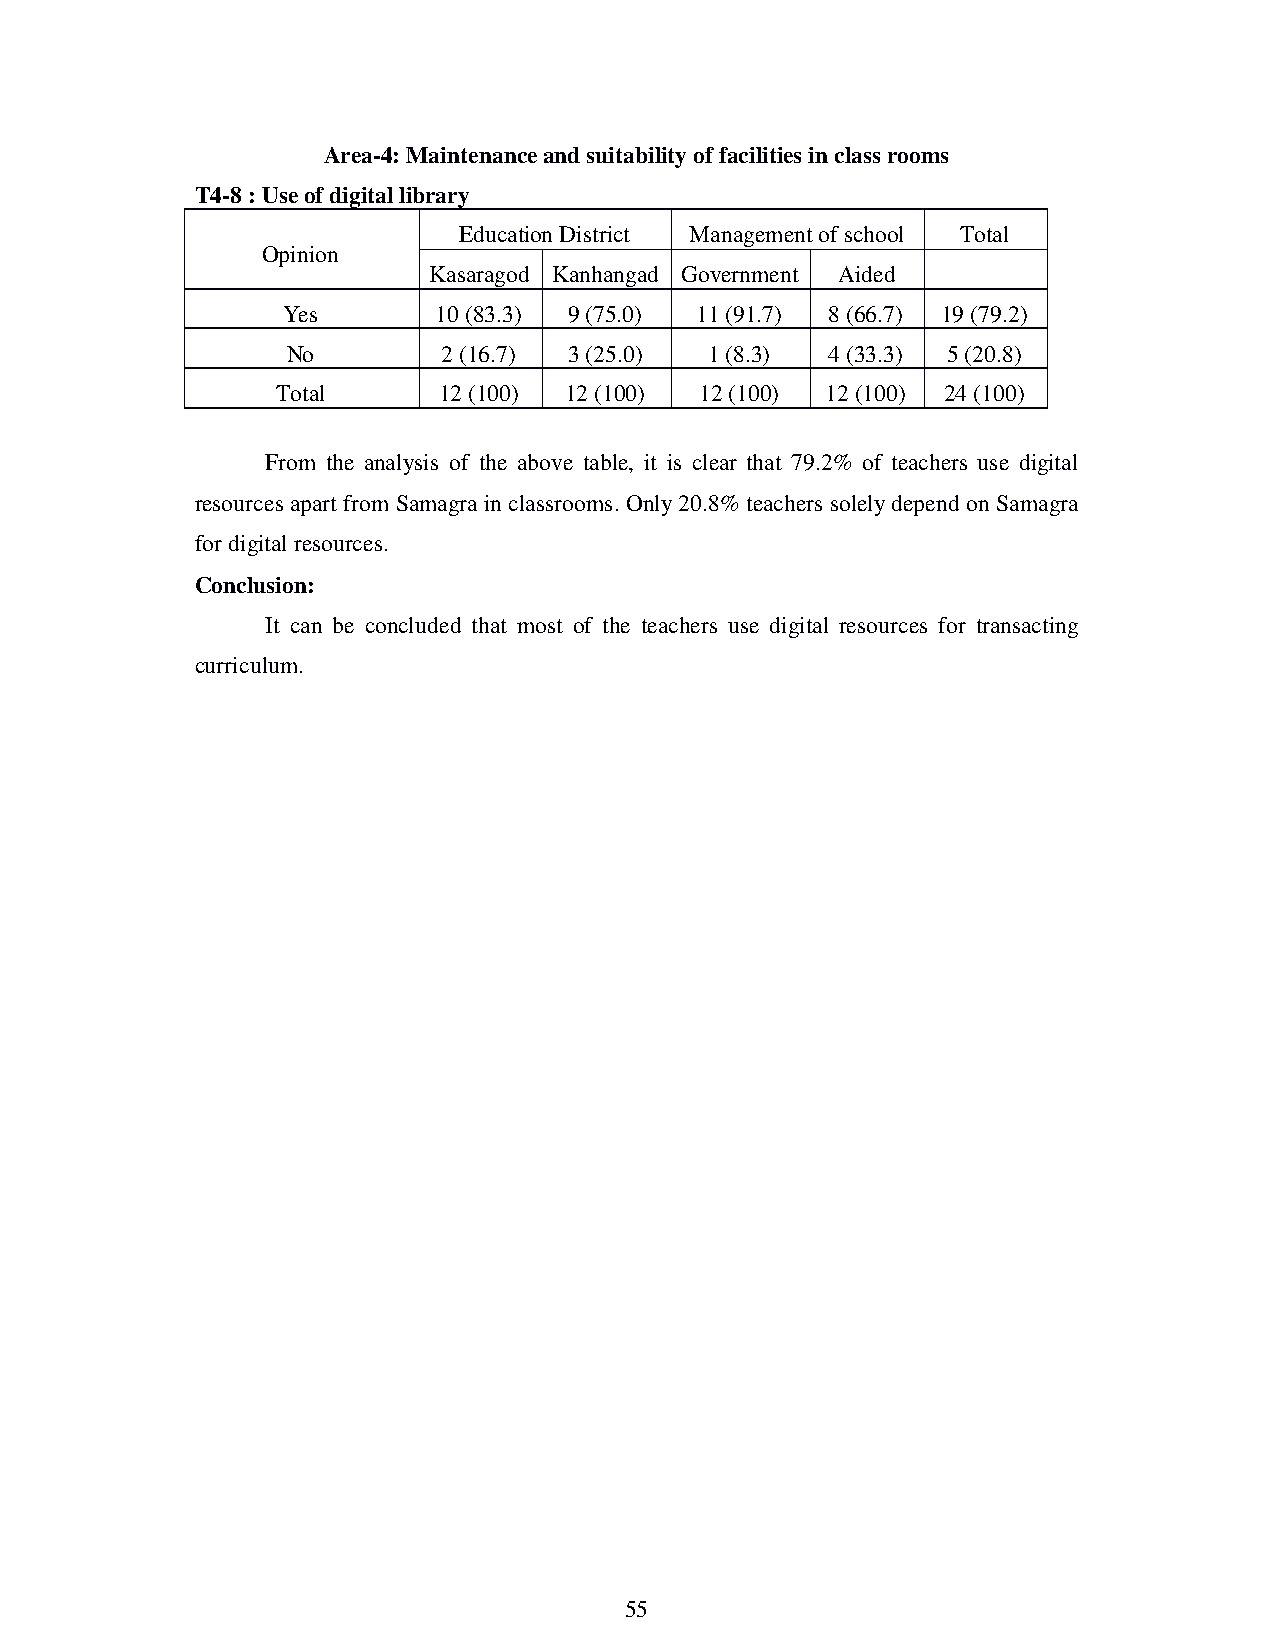
Area-4: Maintenance and suitability of facilities in class rooms
 T4-8 : Use of digital library
 Education District Management of school Total
 Opinion
 Kasaragod Kanhangad Government Aided
 Yes       10 (83.3) 9 (75.0) 11 (91.7) 8 (66.7) 19 (79.2)
 No        2 (16.7) 3 (25.0) 1 (8.3) 4 (33.3) 5 (20.8)
 Total      12 (100) 12 (100) 12 (100) 12 (100) 24 (100)
 From the analysis of the above table, it is clear that 79.2% of teachers use digital
 resources apart from Samagra in classrooms. Only 20.8% teachers solely depend on Samagra
 for digital resources.
 Conclusion:
 It can be concluded that most of the teachers use digital resources for transacting
 curriculum.
 55